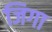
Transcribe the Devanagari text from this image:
जिगा